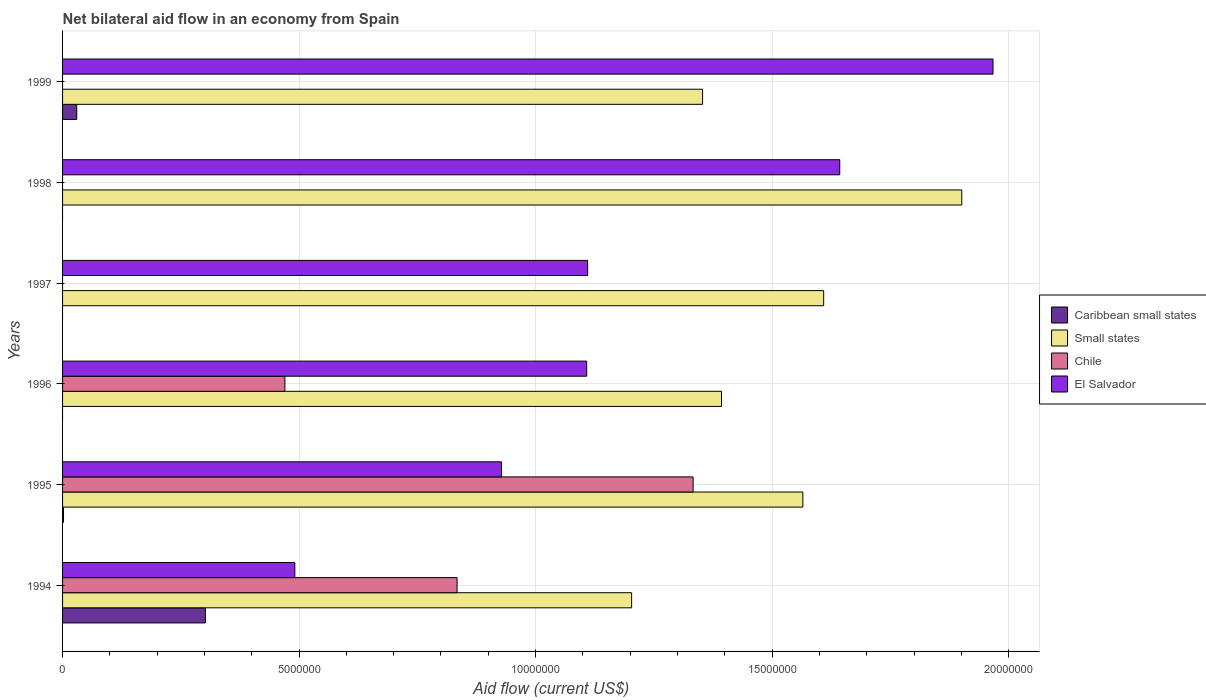
| Years | Caribbean small states | Small states | Chile | El Salvador |
 | --- | --- | --- | --- | --- |
 | 1994 | 3.02e+06 | 1.2e+07 | 8.34e+06 | 4.91e+06 |
 | 1995 | 2e+04 | 1.56e+07 | 1.33e+07 | 9.28e+06 |
 | 1996 | -5.7e+05 | 1.39e+07 | 4.7e+06 | 1.11e+07 |
 | 1997 | -3.2e+05 | 1.61e+07 | -3.28e+06 | 1.11e+07 |
 | 1998 | -6e+04 | 1.9e+07 | -4.04e+06 | 1.64e+07 |
 | 1999 | 3e+05 | 1.35e+07 | -4.82e+06 | 1.97e+07 |